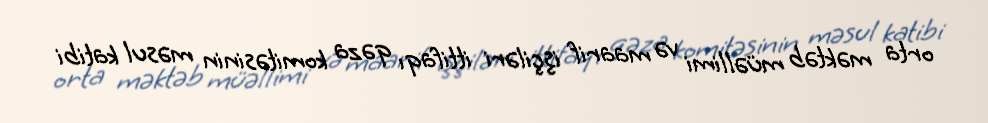
orta məktəb müəllimi və maarif işçiləri ittifaqı qəza komitəsinin məsul katibi